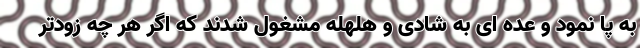
به پا نمود و عده ای به شادی و هلهله مشغول شدند که اگر هر چه زودتر